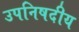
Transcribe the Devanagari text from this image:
उपनिषदीय